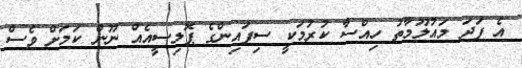
އެ ފަދަ މައުލޫމާތު ހިއްސާ ކުރުމަކީ ސިފައިންގެ ޕޮލިސީއެއް ނޫން ކަމަށް ވެސް